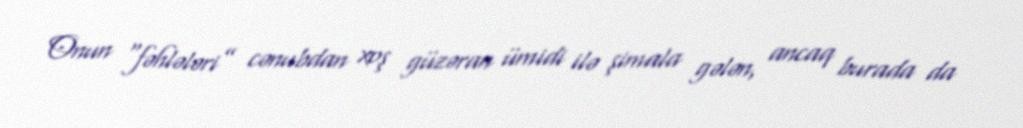
Onun “fəhlələri” cənubdan xoş güzəran ümidi ilə şimala gələn, ancaq burada da